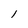
Character: 1